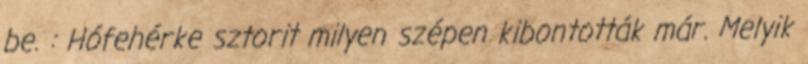
be. : Hófehérke sztorit milyen szépen kibontották már. Melyik